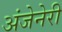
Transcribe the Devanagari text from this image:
अंजेनेरी